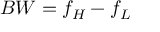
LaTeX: B W = f _ { H } - f _ { L }